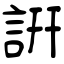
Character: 詽